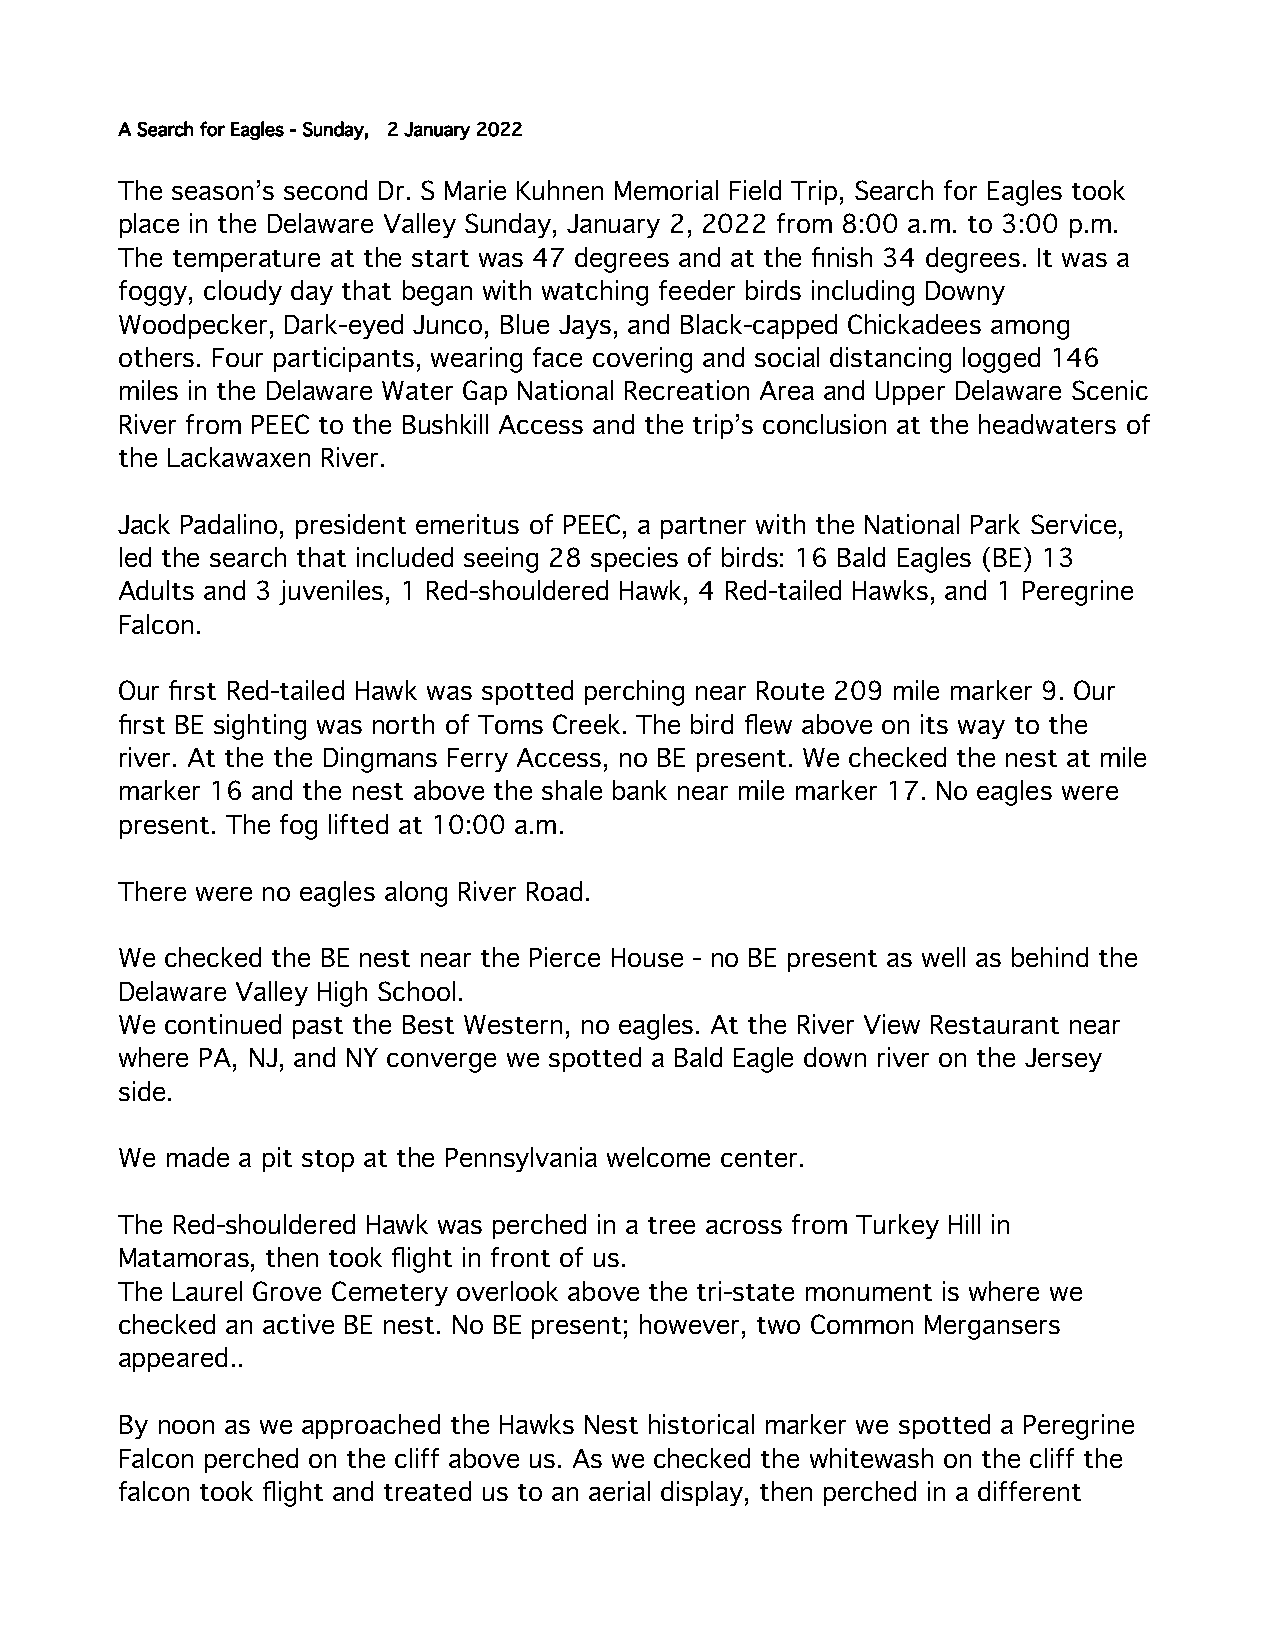
A Search for Eagles - Sunday, 2 January 2022
 The season’s second Dr. S Marie Kuhnen Memorial Field Trip, Search for Eagles took
 place in the Delaware Valley Sunday, January 2, 2022 from 8:00 a.m. to 3:00 p.m.
 The temperature at the start was 47 degrees and at the finish 34 degrees. It was a
 foggy, cloudy day that began with watching feeder birds including Downy
 Woodpecker, Dark-eyed Junco, Blue Jays, and Black-capped Chickadees among
 others. Four participants, wearing face covering and social distancing logged 146
 miles in the Delaware Water Gap National Recreation Area and Upper Delaware Scenic
 River from PEEC to the Bushkill Access and the trip’s conclusion at the headwaters of
 the Lackawaxen River.
 Jack Padalino, president emeritus of PEEC, a partner with the National Park Service,
 led the search that included seeing 28 species of birds: 16 Bald Eagles (BE) 13
 Adults and 3 juveniles, 1 Red-shouldered Hawk, 4 Red-tailed Hawks, and 1 Peregrine
 Falcon.
 Our first Red-tailed Hawk was spotted perching near Route 209 mile marker 9. Our
 first BE sighting was north of Toms Creek. The bird flew above on its way to the
 river. At the the Dingmans Ferry Access, no BE present. We checked the nest at mile
 marker 16 and the nest above the shale bank near mile marker 17. No eagles were
 present. The fog lifted at 10:00 a.m.
 There were no eagles along River Road.
 We checked the BE nest near the Pierce House - no BE present as well as behind the
 Delaware Valley High School.
 We continued past the Best Western, no eagles. At the River View Restaurant near
 where PA, NJ, and NY converge we spotted a Bald Eagle down river on the Jersey
 side.
 We made a pit stop at the Pennsylvania welcome center.
 The Red-shouldered Hawk was perched in a tree across from Turkey Hill in
 Matamoras, then took flight in front of us.
 The Laurel Grove Cemetery overlook above the tri-state monument is where we
 checked an active BE nest. No BE present; however, two Common Mergansers
 appeared..
 By noon as we approached the Hawks Nest historical marker we spotted a Peregrine
 Falcon perched on the cliff above us. As we checked the whitewash on the cliff the
 falcon took flight and treated us to an aerial display, then perched in a different